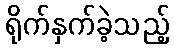
ရိုက်နှက်ခဲ့သည့်